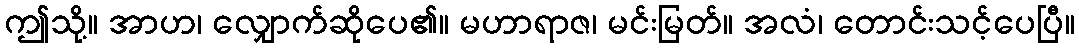
ဤသို့။ အာဟ၊ လျှောက်ဆိုပေ၏။ မဟာရာဇ၊ မင်းမြတ်။ အလံ၊ တောင်းသင့်ပေပြီ။